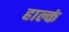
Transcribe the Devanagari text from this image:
हाल्कं